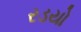
રડયો